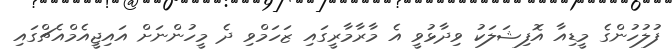
ފުލުހުންގެ މީޑިއާ އޮފިޝަލަކު ވިދާޅުވީ އެ މާރާމާރީގައި ޒަހަމްވި ދެ މީހުންނަށް އައިޖީއެމްއެޗްގައި